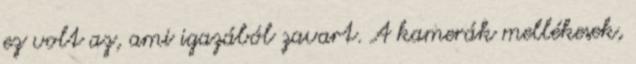
ez volt az, ami igazából zavart. A kamerák mellékesek,